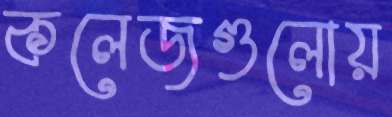
কলেজগুলোয়